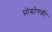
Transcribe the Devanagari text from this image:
प्रोद्योगकी